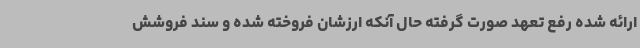
ارائه شده رفع تعهد صورت گرفته حال آنکه ارزشان فروخته شده و سند فروشش